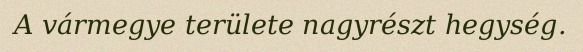
A vármegye területe nagyrészt hegység.